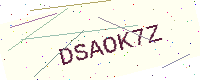
Text: DSAOK7Z